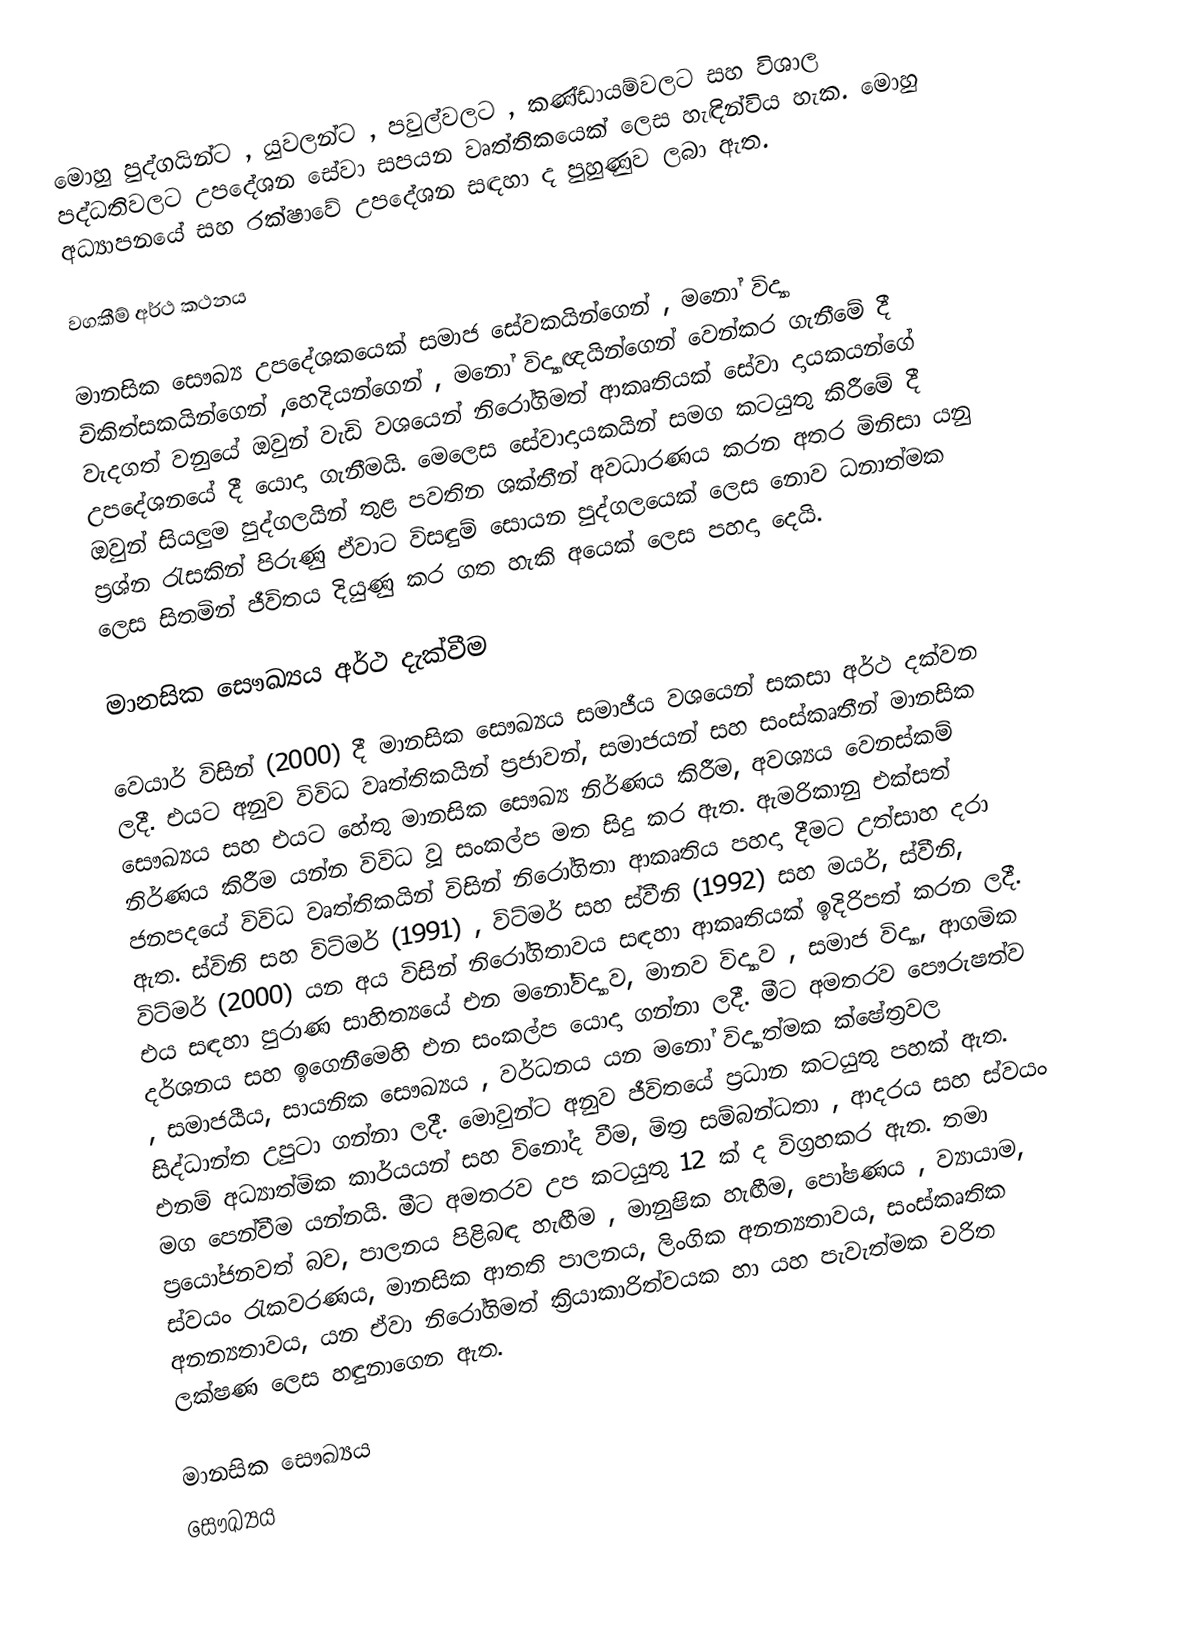
මොහු පුද්ගයින්ට , යුවලන්ට , පවුල්වලට , කණ්ඩායම්වලට සහ විශාල පද්ධතිවලට උපදේශන සේවා සපයන වෘත්තිකයෙක් ලෙස හැඳින්විය හැක. මොහු අධ්‍යාපනයේ සහ රක්ෂාවේ උපදේශන සඳහා ද පුහුණුව ලබා ඇත.

වගකීම් අර්ථ කථනය

මානසික සෞඛ්‍ය උපදේශකයෙක් සමාජ සේවකයින්ගෙන් , මනෝ විද්‍යා චිකිත්සකයින්ගෙන් ,හෙදියන්ගෙන් , මනෝ විද්‍යාඥයින්ගෙන් වෙන්කර ගැනීමේ දී වැදගත් වනුයේ ඔවුන් වැඩි වශයෙන් නිරෝගිමත් ආකෘතියක් සේවා දායකයන්ගේ උපදේශනයේ දී යොදා ගැනීමයි. මෙලෙස සේවාදායකයින් සමග කටයුතු කිරීමේ දී ඔවුන්‍ සියලුම පුද්ගලයින් තුළ පවතින ශක්තීන් අවධාරණය කරන අතර මිනිසා යනු ප්‍රශ්න රැසකින් පිරුණු ඒවාට විසඳුම් සොයන පුද්ගලයෙක් ලෙස නොව ධනාත්මක ලෙස සිතමින් ජීවිතය දියුණු කර ගත හැකි අයෙක් ලෙස පහදා දෙයි.

මානසික සෞඛ්‍යය අර්ථ දැක්වීම

වෙයාර් විසින් (2000) දී මානසික සෞඛ්‍යය සමාජීය වශයෙන් සකසා අර්ථ දක්වන ලදී. එයට අනුව විවිධ වෘත්තිකයින් ප්‍රජාවන්, සමාජයන් සහ සංස්කෘතීන් මානසික සෞඛ්‍යය සහ එයට හේතු මානසික සෞඛ්‍ය නිර්ණය කිරීම, අවශ්‍යය වෙනස්කම් නිර්ණය කිරීම යන්න විවිධ වූ සංකල්ප මත සිදු කර ඇත. ඇමරිකානු එක්සත් ජනපදයේ විවිධ වෘත්තිකයින් විසින් නිරෝගිතා ආකෘතිය පහදා දීමට උත්සාහ දරා ඇත. ස්විනි  සහ විට්මර් (1991) , විට්මර් සහ ස්වීනි (1992) සහ මයර්, ස්වීනි, විට්මර් (2000) යන අය විසින් නිරෝගිතාවය සඳහා ආකෘතියක් ඉදිරිපත් කරන ලදී. එය සඳහා පුරාණ සාහිත්‍යයේ එන මනෝවිද්‍යාව, මානව විද්‍යාව , සමාජ විද්‍යා, ආගමික දර්ශනය සහ ඉගෙනීමෙහි එන සංකල්ප යොදා ගන්නා ලදී. මීට අමතරව පෞරුෂත්ව , සමාජයීය, සායනික සෞඛ්‍යය , වර්ධනය යන මනෝ විද්‍යාත්මක ක්ෂේත්‍රවල සිද්ධාන්ත උපුටා ගන්නා ලදී. මොවුන්ට අනුව ජීවිතයේ ප්‍රධාන කටයුතු පහක් ඇත. එනම් අධ්‍යාත්මික කාර්යයන් සහ විනෝද වීම, මිත්‍ර සම්බන්ධතා , ආදරය සහ ස්වයං මග පෙන්වීම යන්නයි. මීට අමතරව උප කටයුතු 12 ක් ද විග්‍රහකර ඇත. තමා ප්‍රයෝජනවත් බව, පාලනය පිළිබඳ හැඟීම , මානුෂික හැඟීම, පෝෂණය , ව්‍යායාම, ස්වයං රැකවරණය, මානසික ආතති පාලනය, ලිංගික අනන්‍යතාවය, සංස්කෘතික අනන්‍යතාවය, යන ඒවා නිරෝගිමත් ක්‍රියාකාරිත්වයක හා යහ පැවැත්මක චරිත ලක්ෂණ ලෙස හඳුන‍ාගෙන ඇත.

මානසික සෞඛ්‍යය
සෞඛ්‍යය